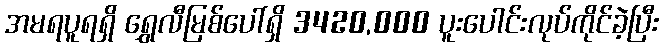
အမရပူရရှိ ရွှေလီမြစ်ပေါ်ရှိ 3420,000 ပူးပေါင်းလုပ်ကိုင်ခဲ့ပြီး